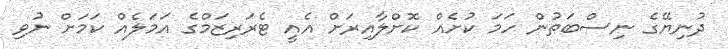
ދުނިޔޭގެ ނިސްބަތުން ހަމަ ކުށެއް ކޮށްލާއިރަށް އެއީ ޓެރަރިޒަމްގެ އަމަލެއް ކަމަށް ނުވި